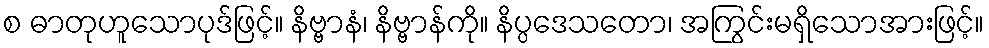
စ ဓာတုဟူသောပုဒ်ဖြင့်။ နိဗ္ဗာနံ၊ နိဗ္ဗာန်ကို။ နိပ္ပဒေသတော၊ အကြွင်းမရှိသောအားဖြင့်။